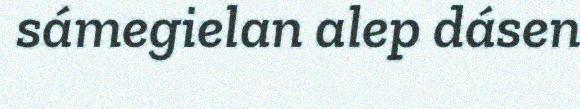
sámegielan alep dásen